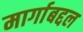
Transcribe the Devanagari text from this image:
मार्गाबद्दल